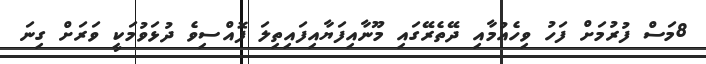
8މަސް ފުރުމަށް ފަހު ވިހެއުމާއި ދޭތެރޭގައި މޫނާއިފަޔާއިފައިތިލަ ފޮއްސިވެ ދުޅަވުމަކީ ވަރަށް ގިނަ